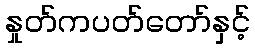
နှုတ်ကပတ်တော်နှင့်